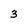
Character: 3